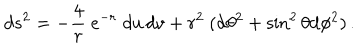
LaTeX: d s ^ { 2 } = - { \frac { 4 } { r } } ~ e ^ { - r } \; d u \, d v + r ^ { 2 } ~ ( \mathrm { d } \theta ^ { 2 } + \sin ^ { 2 } \theta \mathrm { d } \phi ^ { 2 } ) \, .